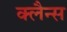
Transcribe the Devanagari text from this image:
क्लैन्स